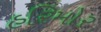
હરિમોર